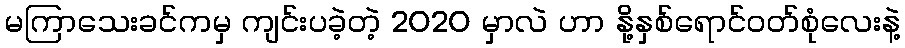
မကြာသေးခင်ကမှ ကျင်းပခဲ့တဲ့ 2020 မှာလဲ ဟာ နို့နှစ်ရောင်ဝတ်စုံလေးနဲ့